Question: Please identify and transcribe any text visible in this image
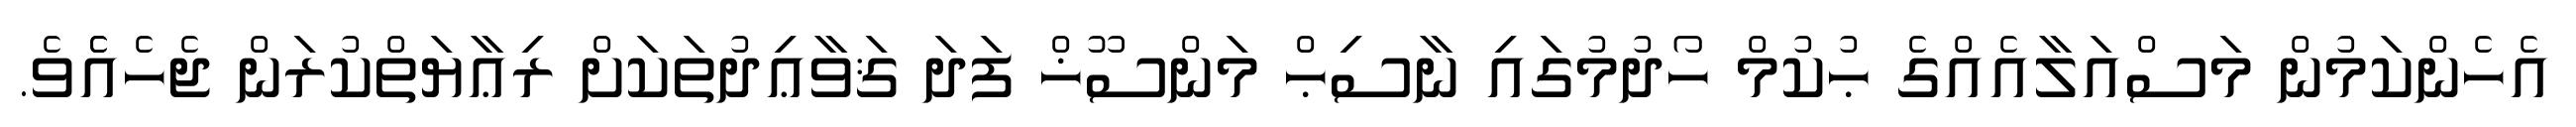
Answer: އެހެންކަމުން މަސްއަލާއެއްގެ ޙުކުމް ހޯދުމުގައި ނާސިޙް މަންސޫޚް ފަދަ ޤަވާޢިދުތަކަށް ރިޢާޔަތްކުރަން ޖެހެއެެވެ.